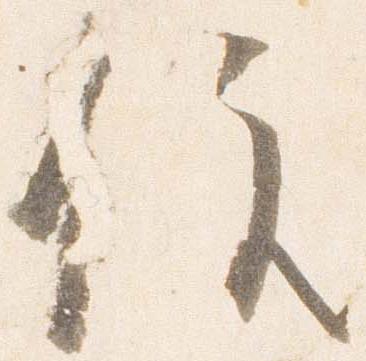
住